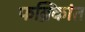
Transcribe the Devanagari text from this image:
फब्रिकांत